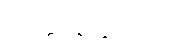
အတ္တာနုက္ကံသေတိ